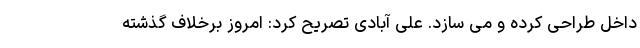
داخل طراحی کرده و می سازد. علی آبادی تصریح کرد: امروز برخلاف گذشته